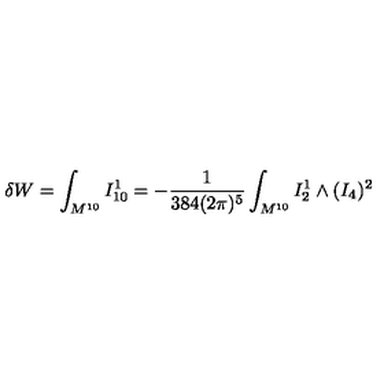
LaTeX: \delta W = \int _ { M ^ { 1 0 } } I _ { 1 0 } ^ { 1 } = - \frac { 1 } { 3 8 4 ( 2 \pi ) ^ { 5 } } \int _ { M ^ { 1 0 } } I _ { 2 } ^ { 1 } \wedge ( I _ { 4 } ) ^ { 2 }